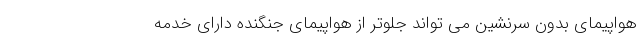
هواپیمای بدون سرنشین می تواند جلوتر از هواپیمای جنگنده دارای خدمه